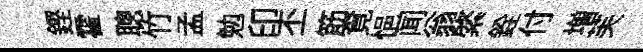
鏗霍聰竹孟勉印丕筋覔悒闻翁綮銓付増芙